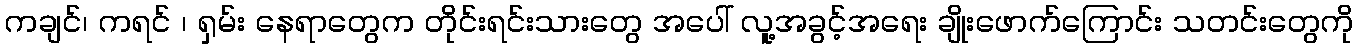
ကချင်၊ ကရင် ၊ ရှမ်း နေရာတွေက တိုင်းရင်းသားတွေ အပေါ် လူ့အခွင့်အရေး ချိုးဖောက်ကြောင်း သတင်းတွေကို